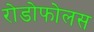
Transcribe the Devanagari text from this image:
रोडोफोलस